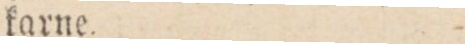
karne.